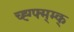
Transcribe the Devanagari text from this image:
च्ह्ग्फ्म्म्क्